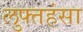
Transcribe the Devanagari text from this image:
लुफ्तहंसा